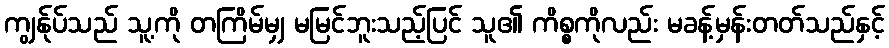
ကျွန်ုပ်သည် သူ့ကို တကြိမ်မျှ မမြင်ဘူးသည့်ပြင် သူ၏ ကိစ္စကိုလည်း မခန့်မှန်းတတ်သည်နှင့်